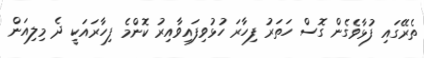
ތެރޭގައި ފުޅާވެގެން ގޮސް ހަތަރު ފިހާރަ ހުޅުވިފައިވާއިރު ކޮންމެ ފިހާރައަކީ ދެ މިލިއަން